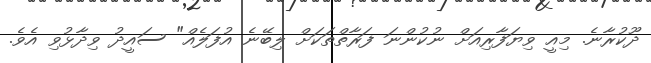
ދޫކުރާނެ. މިއީ ވިޔަފާރިއަށް ނުކުންނަ ފަރާތްތަކަށް ލިބޭނެ އުފަލެއް" ސައީދު ވިދާޅުވި އެވެ.